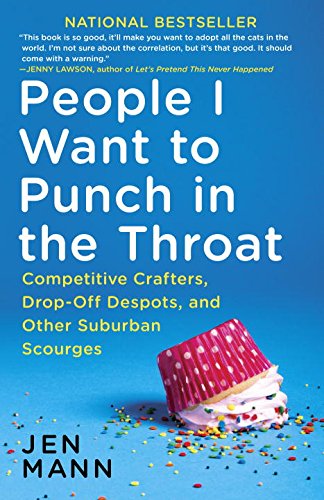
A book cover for People I Want to Punch in the Throat: Competitive Crafters, Drop-Off Despots, and Other Suburban Scourges; Jen Mann; Humor & Entertainment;